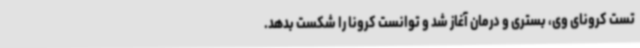
تست کرونای وی، بستری و درمان آغاز شد و توانست کرونا را شکست بدهد.